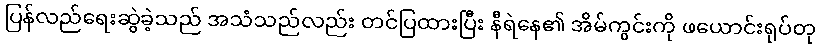
ပြန်လည်ရေးဆွဲခဲ့သည် အသံသည်လည်း တင်ပြထားပြီး နီရဲနေ၏ အိမ်ကွင်းကို ဖယောင်းရုပ်တု